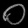
Digit: ၀